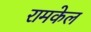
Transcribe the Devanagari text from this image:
रामकेल